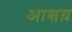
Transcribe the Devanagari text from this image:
आशय़